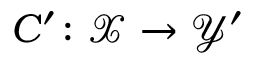
C ^ { \prime } \colon \mathcal { X } \rightarrow \mathcal { Y } ^ { \prime }